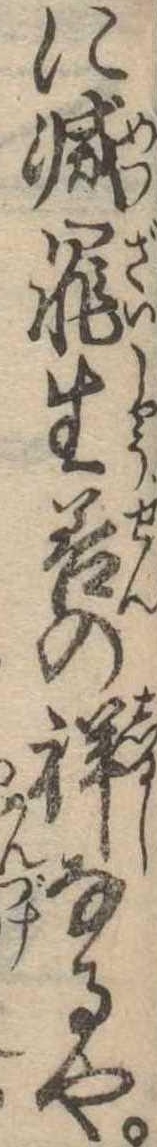
に滅罪生善の祥なるや